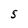
Character: S